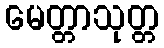
မေတ္တာသုတ္တ